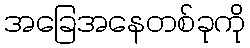
အခြေအနေတစ်ခုကို